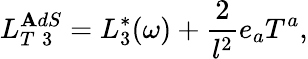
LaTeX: L_{T\; 3}^{\mathbf{A}dS}=L_{3}^{*}(\omega)+\frac{{2}}{{l^{2}}}e_{a}T^{a},